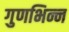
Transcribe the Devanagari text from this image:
गुणभिन्न